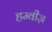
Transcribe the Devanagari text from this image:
हम्वीज़